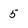
Character: 5